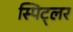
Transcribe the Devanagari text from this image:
स्पिट्लर